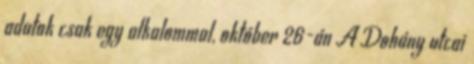
adatok csak egy alkalommal, október 26-án A Dohány utcai